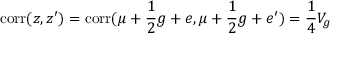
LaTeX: \mathrm { c o r r } ( z , z ^ { \prime } ) = \mathrm { c o r r } ( \mu + { \frac { 1 } { 2 } } g + e , \mu + { \frac { 1 } { 2 } } g + e ^ { \prime } ) = { \frac { 1 } { 4 } } V _ { g }